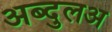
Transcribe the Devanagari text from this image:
अब्दुलअ